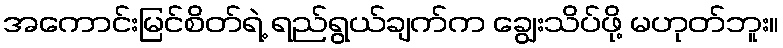
အကောင်းမြင်စိတ်ရဲ့ ရည်ရွယ်ချက်က ချွေးသိပ်ဖို့ မဟုတ်ဘူး။